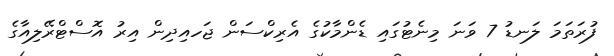
ފުރަތަމަ ލަނޑު 7 ވަނަ މިނެޓުގައި ޑެންމާކުގެ އެރިކްސަން ޖަހއިދިން އިރު އޮސްޓްރޭލިއާގެ